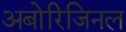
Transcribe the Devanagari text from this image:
अबोरिजिनल